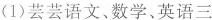
(1) 芸芸语文、数学。英语三